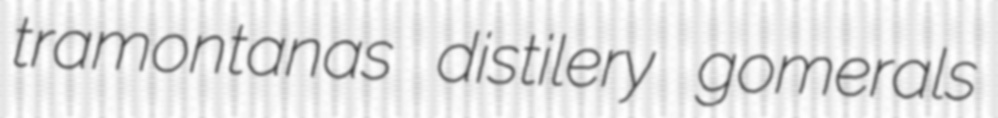
tramontanas distilery gomerals